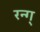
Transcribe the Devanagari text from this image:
रन्ग्